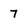
Character: 7